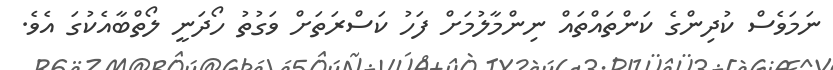
ނަމަވެސް ކުދިންގެ ކަންތައްތައް ނިންމާލުމަށް ފަހު ކަސްރަތަށް ވަގުތު ހޯދަނީ ލޯތްބާއެކުގަ އެވެ.